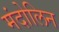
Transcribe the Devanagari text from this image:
मंदोलिन